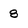
Character: 8